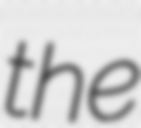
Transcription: the